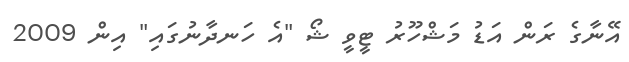
އޭނާގެ ރަން އަޑު މަޝްހޫރު ޓީވީ ޝޯ "އެ ހަނދާނުގައި" އިން 2009